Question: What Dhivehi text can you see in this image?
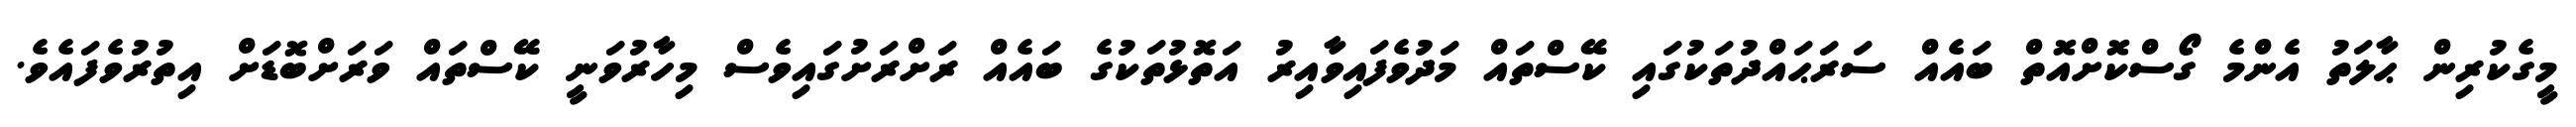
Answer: މީގެކުރިން ޙާލަތު އެންމެ ގޯސްކޮށްއޮތް ބައެއް ސަރަޙައްދުތަކުގައި ކޭސްތައް މަދުވެފައިވާއިރު އަތޮޅުތަކުގެ ބައެއް ރަށްރަށުގައިވެސް މިހާރުވަނީ ކޭސްތައް ވަރަށްބޮޑަށް އިތުރުވެފައެވެ.